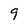
Character: 9